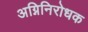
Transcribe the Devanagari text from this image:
अग्निनिरोधक